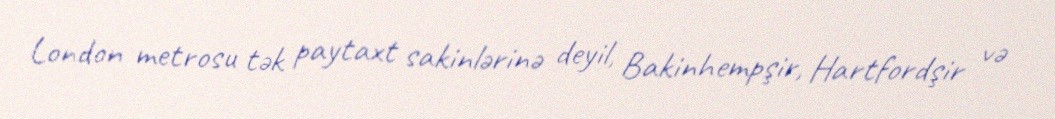
London metrosu tək paytaxt sakinlərinə deyil, Bakinhempşir, Hartfordşir və